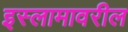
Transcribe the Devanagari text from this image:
इस्लामावरील